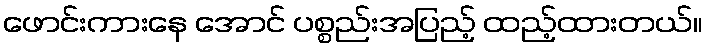
ဖောင်းကားနေ အောင် ပစ္စည်းအပြည့် ထည့်ထားတယ်။